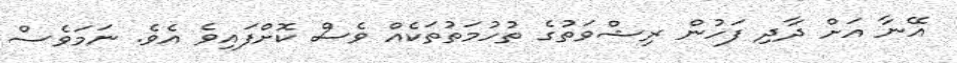
އޭނާ އަށް ދާދި ފަހުން ރިޝްވަތުގެ ތުހުމަތުތަކެއް ވެސް ކޮށްފައިވެ އެވެ. ނަމަވެސް